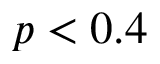
p < 0 . 4